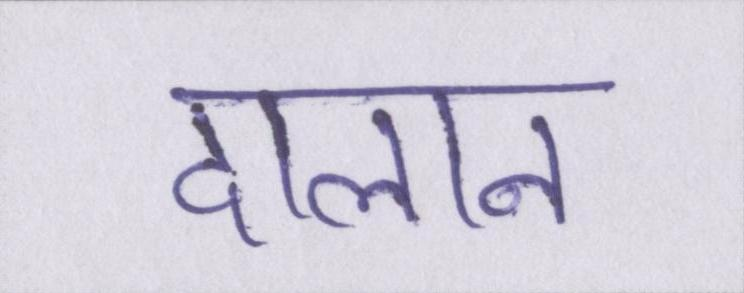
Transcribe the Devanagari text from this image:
दालान